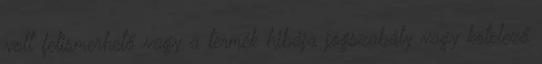
volt felismerhető vagy a termék hibája jogszabály vagy kötelező